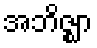
အဘိဇ္ဈာ